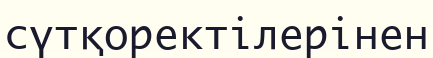
сүтқоректілерінен